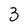
Character: 3